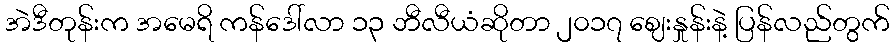
အဲဒီတုန်းက အမေရိ ကန်ဒေါ်လာ ၁၃ ဘီလီယံဆိုတာ ၂၀၁၇ ဈေးနှုန်းနဲ့ ပြန်လည်တွက်